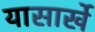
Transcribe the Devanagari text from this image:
यासार्खे